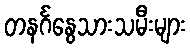
တနင်္ဂနွေသားသမီးများ